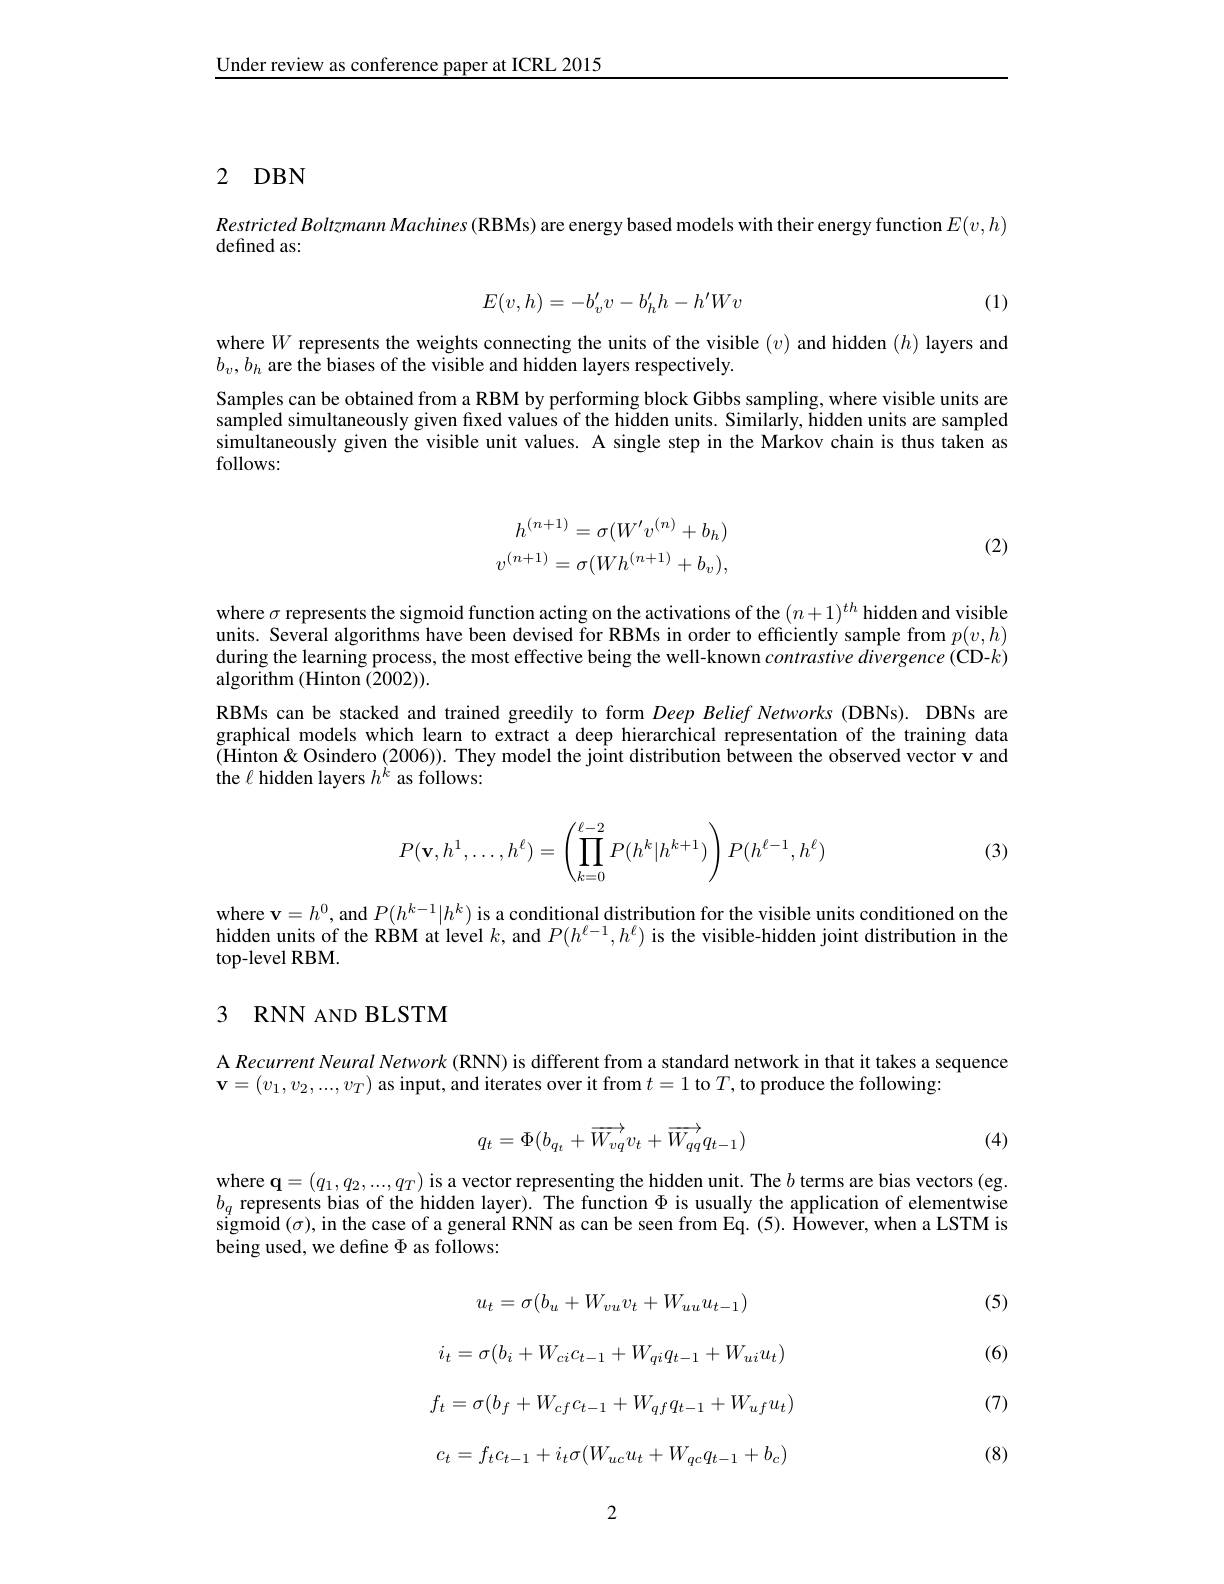
Under review as conference paper at ICRL 2015

# 2 DBN

Restricted Boltzmann Machines (RBMs) are energy based models with their energy function $E(v,h)$
defined as:

(1)
$$E(v,h)=-b'_vv-b'_hh-h'Wv$$
where $W$ represents the weights connecting the units of the visible $(v)$ and hidden $(h)$ layers and
$b_v,b_h$ are the biases of the visible and hidden layers respectively.
Samples can be obtained from a RBM by performing block Gibbs sampling, where visible units are sampled simultaneously given fixed values of the hiđden units. Similarly, Hidden units are sampled simultaneously given the visible unit values. A single step in the Markov chain is thus taken as follows:
$$\begin{aligned}h^{(n+1)}&=\sigma(W'v^{(n)}+b_h)\\v^{(n+1)}&=\sigma(Wh^{(n+1)}+b_v),\end{aligned}$$
(2)

where $\sigma$ represents the sigmoid function acting on the activations of the $(n+1)^th$ hidden and visible units. Several algorithms have been devised for RBMs in order to efficiently sample from $p(v,h)$ during the learning process, the most effective being the well-known contrastive divergence (CD-$k)$ algorithm (Hinton (2002))
RBMs can be stacked and trained greedily to form Deep Belief Networks (DBNs). DBNs are graphical models which learn to extract a deep hierarchical representation of the training data $\tilde{( }$Hinton $\&$ Osindero $( 2006) ) . \text{ They model the jo\^ {ı }nt distribution between the observed vector v and}$ the $\ell$ hidden layers $h^{\grave{k}}$ as follows:
$$P(\mathbf{v},h^1,\dots,h^\ell)=\left(\prod_{k=0}^{\ell-2}P(h^k|h^{k+1})\right)P(h^{\ell-1},h^\ell)$$
(3)

where $\mathbf{v}=h^0$,and $P(h^k-1|h^k)$ is a conditional distribution for the visible units conditioned on the hidden units of the RBM at level $k$, and $P(h^\ell-1,h^\ell)$ is the visible-hidden joint distribution in the top-level RBM.

## 3 RNN AND BLSTM

A Recurrent Neural Network (RNN) is different from a standard network in that it takes a sequence
$\mathbf{v}=(v_1,v_2,...,v_T)$ as input, and iterates over it from $t=1$ to $T$,to produce the following:
$$q_t=\Phi(b_{q_t}+\overrightarrow{W_{vq}}v_t+\overrightarrow{W_{qq}}q_{t-1})$$
(4)

where $\mathbf{q} = ( q_{1}, q_{2}, . . . , q_{T})$ is a vector representing the hidden unit. The $b$ terms are bias vectors ( eg. where $\mathbf{q} = ( q_{1}, q_{2}, . . . , q_{T})$ is a vector representing the hidden unit. The $b$ terms are bias ve s ther s the s the $b_q$ represents bias of the hidden layer). The function $\Phi$ is usually the application of elementwise sigmoid $(\sigma)$, in the case of a general RNN as can be seen from Eq. (5). However, when a LSTM is being used, we define $\Phi$ as follows:

(5)

(6)
$$u_t=\sigma(b_u+W_{vu}v_t+W_{uu}u_{t-1})$$
$$i_t=\sigma(b_i+W_{ci}c_{t-1}+W_{qi}q_{t-1}+W_{ui}u_t)$$
$$c_t=f_tc_{t-1}+i_t\sigma(W_{uc}u_t+W_{qc}q_{t-1}+b_c)$$
(7)

(8)

2